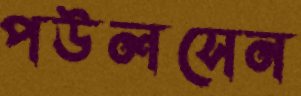
পউলসেন